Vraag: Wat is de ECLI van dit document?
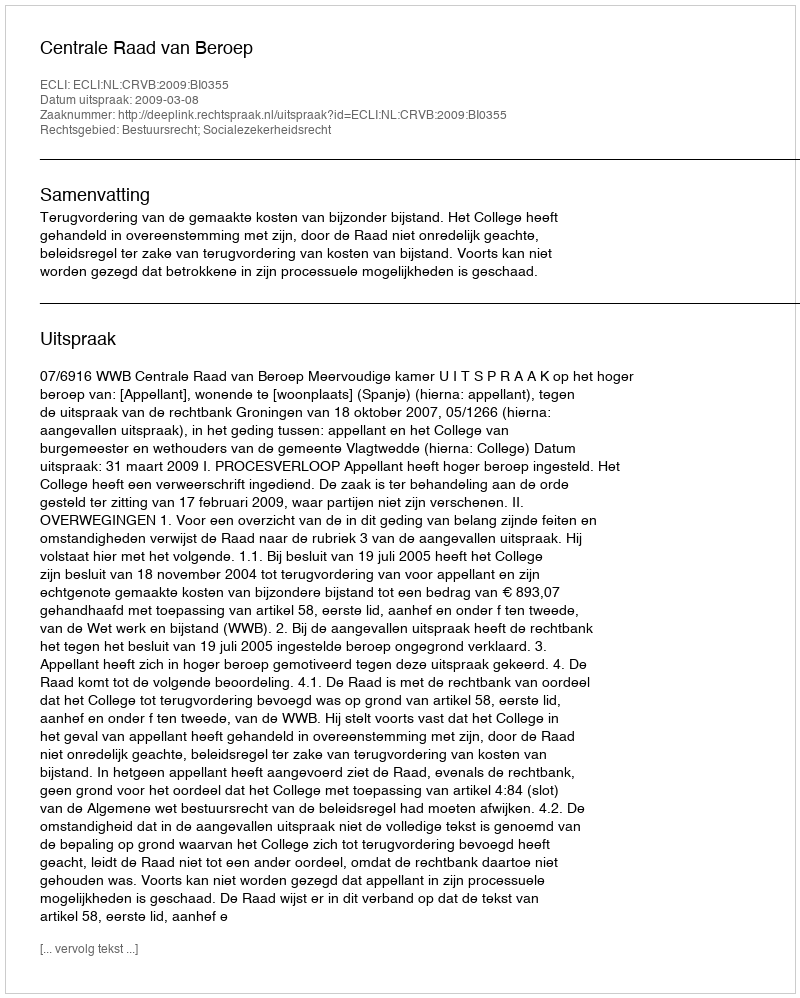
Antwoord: ECLI:NL:CRVB:2009:BI0355